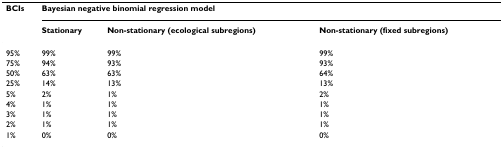
| BCIs | <COLSPAN=3> Bayesian negative binomial regression model |
 |  | Stationary | Non-stationary (ecological subregions) | Non-stationary (fixed subregions) |
 | --- | --- | --- | --- |
 | 95% | 99% | 99% | 99% |
 | 75% | 94% | 93% | 93% |
 | 50% | 63% | 63% | 64% |
 | 25% | 14% | 13% | 13% |
 | 5% | 2% | 1% | 2% |
 | 4% | 1% | 1% | 1% |
 | 3% | 1% | 1% | 1% |
 | 2% | 1% | 1% | 1% |
 | 1% | 0% | 0% | 0% |